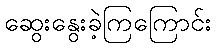
ဆွေးနွေးခဲ့ကြကြောင်း